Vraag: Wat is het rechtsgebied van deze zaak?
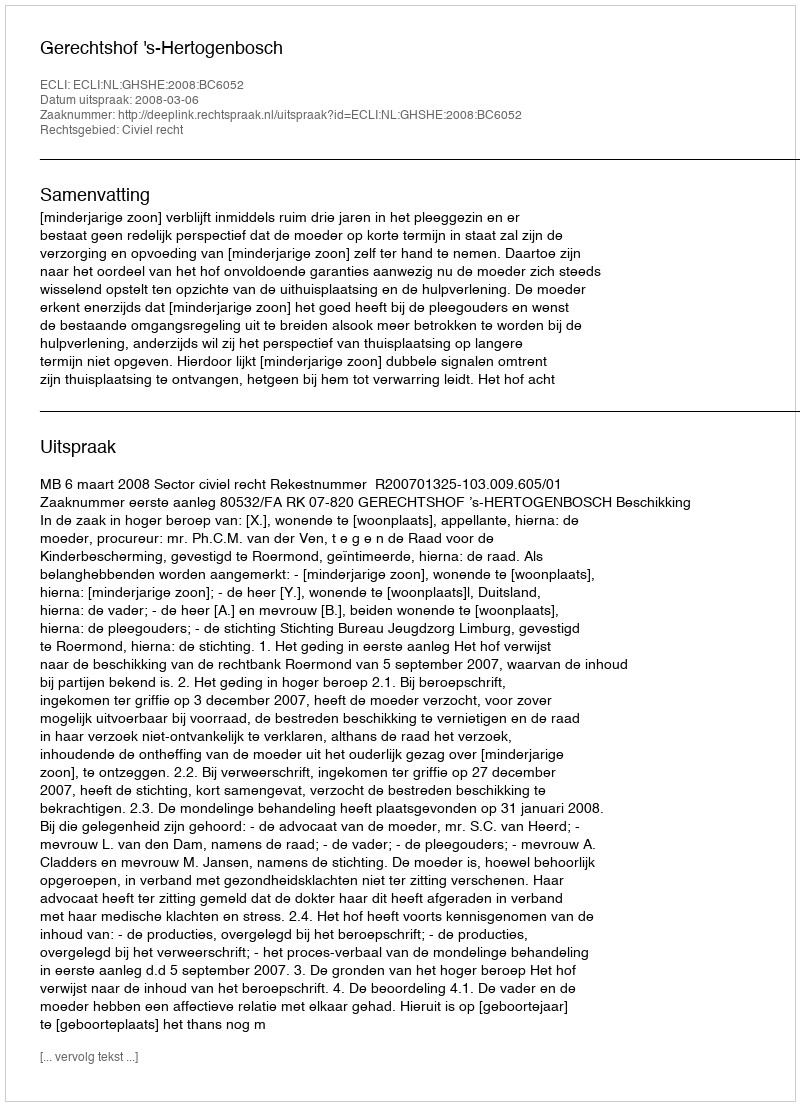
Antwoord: Civiel recht